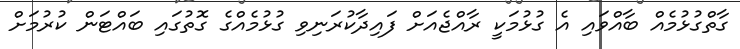
ގާތްގުޅުމެއް ބާއްވައި އެ ގުޅުމަކީ ރާއްޖެއަށް ފައިދާކުރަނިވި ގުޅުމެއްގެ ގޮތުގައި ބައްޓަން ކުރުމަށް